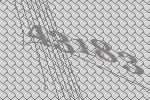
43183